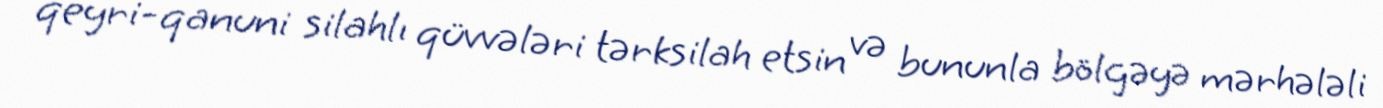
qeyri-qanuni silahlı qüvvələri tərksilah etsin və bununla bölgəyə mərhələli